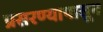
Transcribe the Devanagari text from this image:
प्रसरण्यापासून